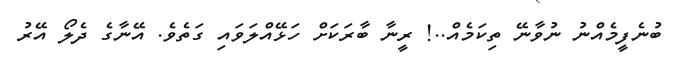
ބުނެފީމެއްނު ނުވާނޭ ތިކަމެއް..! ރީނާ ބާރަކަށް ހަޅޭއްލަވައި ގަތެވެ. އޭނާގެ ދެލޯ އޭރު